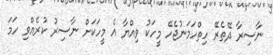
ނާސިރާ ދޭތެރޭ ހިތްހަމަނުޖެހޭ މީހަކު ވިއްޔާ އެ މީހަކަށް ނާސިރު ކުރެއްވި ހަމަ